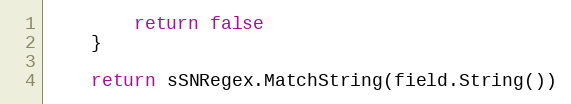
Language: Go
		return false
	}

	return sSNRegex.MatchString(field.String())